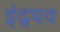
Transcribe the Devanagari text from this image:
इंद्रयव